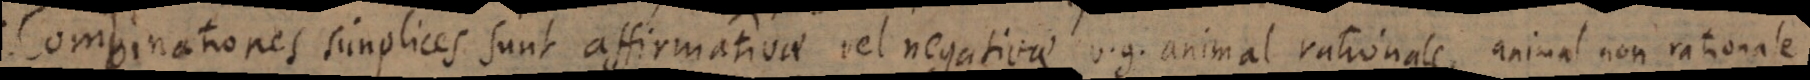
Combinationes simplices sunt affirmativae vel negativae, v.g. animal rationale, animal non rationale.